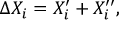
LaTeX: \Delta X _ { i } = X _ { i } ^ { \prime } + X _ { i } ^ { \prime \prime } ,